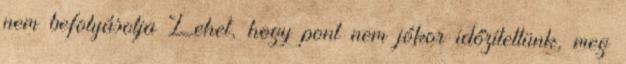
nem befolyásolja Lehet, hogy pont nem jókor időzítettünk, meg